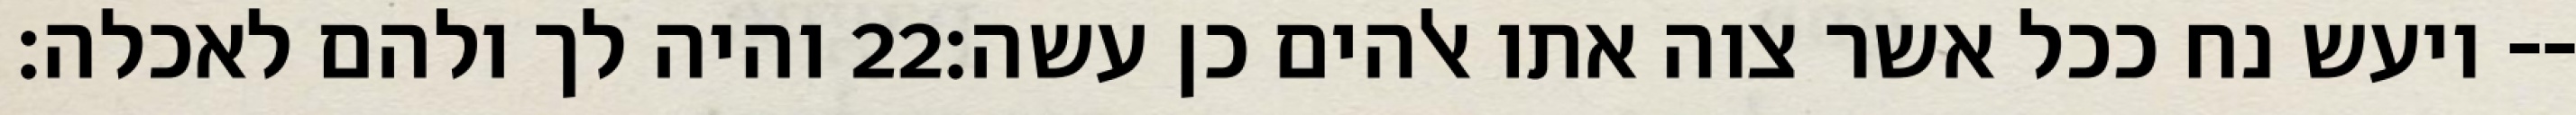
והיה לך ולהם לאכלה׃ ‎22‏ ויעש נח ככל אשר צוה אתו אלהים כן עשה׃--